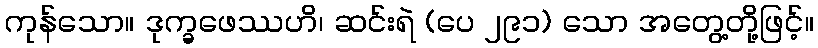
ကုန်သော။ ဒုက္ခဖေဿဟိ၊ ဆင်းရဲ (ပေ ၂၉၁) သော အတွေ့တို့ဖြင့်။